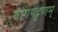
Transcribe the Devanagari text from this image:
नागपट्टणम्